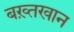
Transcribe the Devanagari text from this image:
बख़्तखान